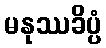
မနုဿခိပ္ပံ